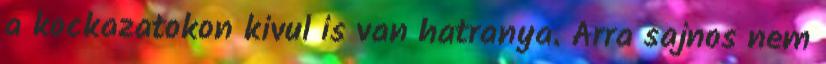
a kockazatokon kivul is van hatranya. Arra sajnos nem